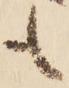
も